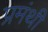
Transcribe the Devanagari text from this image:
प्रमंथी